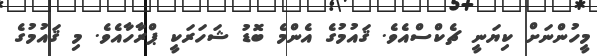
މީހުންނަށް ކިޔަނީ ޗެކްސްއެވެ. ޤައުމުގެ އެންމެ ބޮޑު ޝަހަރަކީ ޕްރާހާއެވެ. މި ޤައުމުގެ